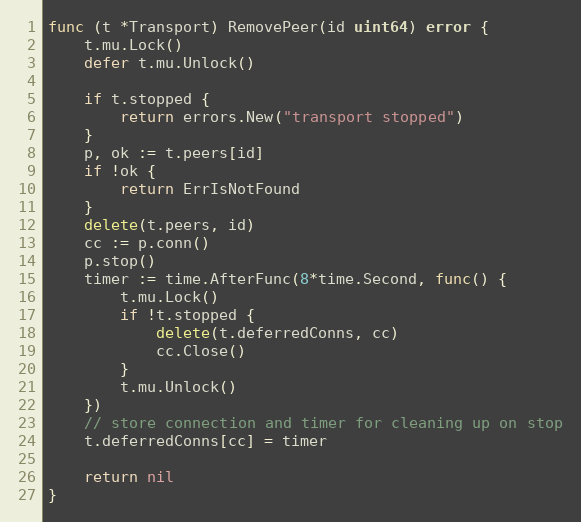
Language: Go
func (t *Transport) RemovePeer(id uint64) error {
	t.mu.Lock()
	defer t.mu.Unlock()

	if t.stopped {
		return errors.New("transport stopped")
	}
	p, ok := t.peers[id]
	if !ok {
		return ErrIsNotFound
	}
	delete(t.peers, id)
	cc := p.conn()
	p.stop()
	timer := time.AfterFunc(8*time.Second, func() {
		t.mu.Lock()
		if !t.stopped {
			delete(t.deferredConns, cc)
			cc.Close()
		}
		t.mu.Unlock()
	})
	// store connection and timer for cleaning up on stop
	t.deferredConns[cc] = timer

	return nil
}